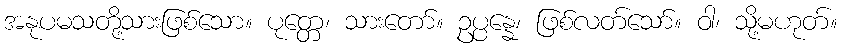
အနုပမသတို့သားဖြစ်သော။ ပုတ္တေ၊ သားတော်။ ဥပ္ပန္နေ၊ ဖြစ်လတ်သော်။ ဝါ၊ သို့မဟုတ်။